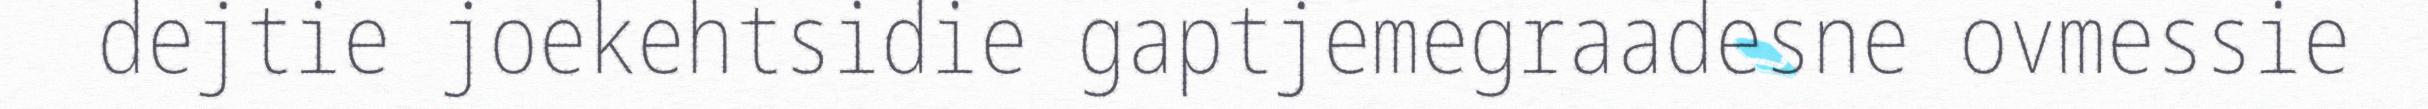
dejtie joekehtsidie gaptjemegraadesne ovmessie